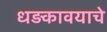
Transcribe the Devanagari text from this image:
धड़कावयाचे